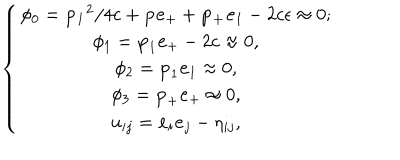
\left\{ \begin{array} { c } { { \phi _ { 0 } = { \bf p _ { 1 } } ^ { 2 } / 4 c + { \bf p } { \bf e } _ { + } + { \bf p _ { + } } { \bf e } _ { 1 } - 2 c \epsilon \approx 0 ; } } \\ { { \phi _ { 1 } = { \bf p } _ { 1 } { \bf e } _ { + } - 2 c \approx 0 , } } \\ { { \phi _ { 2 } = { \bf p } _ { 1 } { \bf e } _ { 1 } \approx 0 , } } \\ { { \phi _ { 3 } = { \bf p } _ { + } { \bf e } _ { + } \approx 0 , } } \\ { { u _ { i j } = { \bf e } _ { i } { \bf e } _ { j } - \eta _ { i j } , } } \\ \end{array} \right.